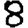
Digit: 8